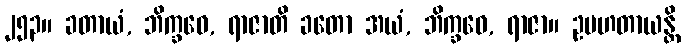
၂၅၃။ ခတာယံ, ဘိက္ခဝေ, ရာဇာတိ ခတော အယံ, ဘိက္ခဝေ, ရာဇာ။ ဥပဟတာယန္တိ